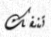
تنفك